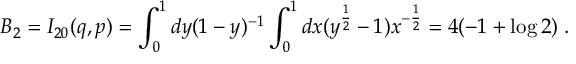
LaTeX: B _ { 2 } = I _ { 2 0 } ( q , p ) = \int _ { 0 } ^ { 1 } d y ( 1 - y ) ^ { - 1 } \int _ { 0 } ^ { 1 } d x ( y ^ { \frac 1 2 } - 1 ) x ^ { - \frac 1 2 } = 4 ( - 1 + \log 2 ) \; .